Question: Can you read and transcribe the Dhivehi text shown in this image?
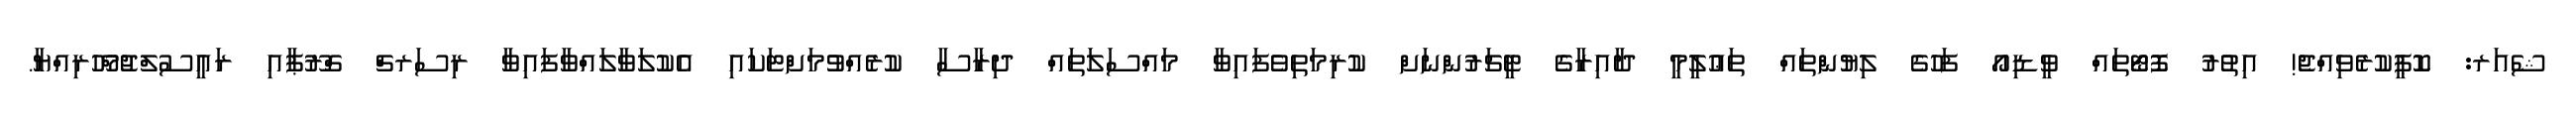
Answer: ޝެއަރ: ކޮޕީކުރެވިއްޖެ! އިތުރު ފޮޓޯތައް ވީޑިއޯ ފަހުގެ ލިޔުންތައް ތަޢުލީމީ ދާއިރާގެ ޓީޗަރުންނަށް ކުރިމަތިވެފައިވާ މައްސަލަތައް ދިރާސާ ކުރެއްވުމަށްޓަކައި އެކުލަވާލައްވާފައިވާ ރިސަރޗް ގްރޫޕާއި ރައީސުލްޖުމްހޫރިއްޔާ.